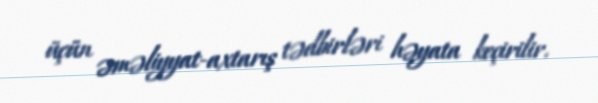
üçün əməliyyat-axtarış tədbirləri həyata keçirilir.